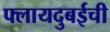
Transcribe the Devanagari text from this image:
फ्लायदुबईची